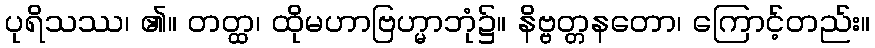
ပုရိသဿ၊ ၏။ တတ္ထ၊ ထိုမဟာဗြဟ္မာဘုံ၌။ နိဗ္ဗတ္တနတော၊ ကြောင့်တည်း။